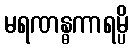
မရဏန္ဓကာရမ္ပိ